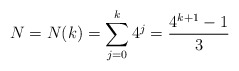
\begin{align*}N=N(k)=\sum_{j=0}^{k} 4^{j}=\frac{4^{k+1}-1}{3}\end{align*}